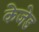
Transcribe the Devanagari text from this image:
केजेड